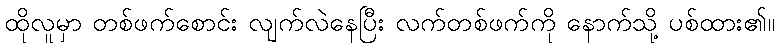
ထိုလူမှာ တစ်ဖက်စောင်း လျက်လဲနေပြီး လက်တစ်ဖက်ကို နောက်သို့ ပစ်ထား၏။